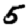
Digit: 5